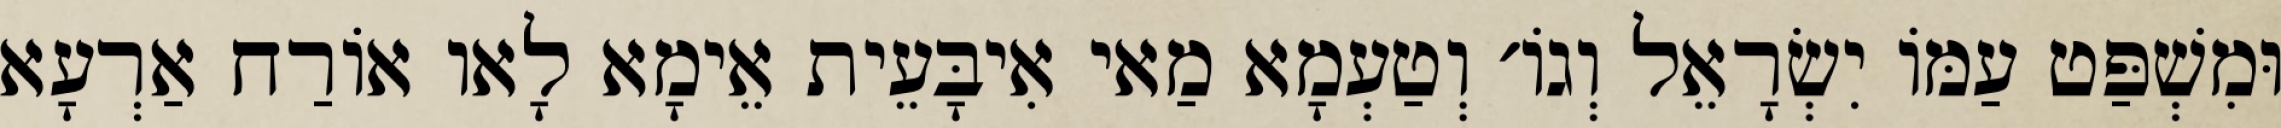
וּמִשְׁפַּט עַמּוֹ יִשְׂרָאֵל וְגוֹ׳ וְטַעְמָא מַאי אִיבָּעֵית אֵימָא לָאו אוֹרַח אַרְעָא